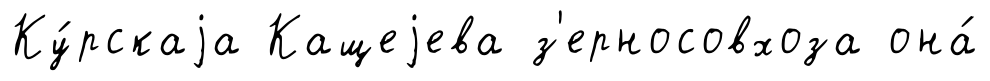
Ку́рскаjа Кащеjева з'ерносовхоза она́